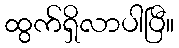
ထွက်ရှိလာပါပြီ။